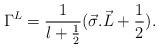
LaTeX: \begin{align*}{\Gamma}^L = {\frac{1}{l+\frac{1}{2}}} ( {\vec{\sigma}.\vec{L}} + \frac{1}{2} ).\end{align*}